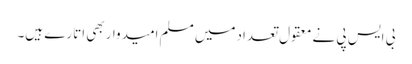
بی ایس پی نے معقول تعدادمیں مسلم امیدواربھی اتارے ہیں۔